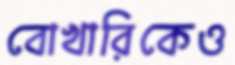
বোখারিকেও